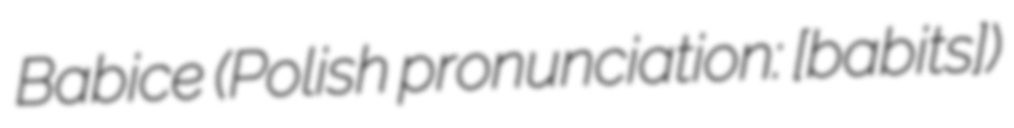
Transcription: Babice (Polish pronunciation: [baˈbit͡sɛ])